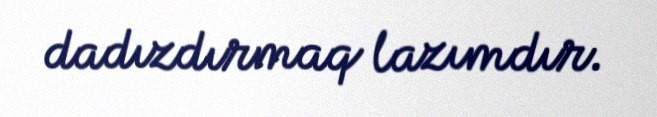
dadızdırmaq lazımdır.